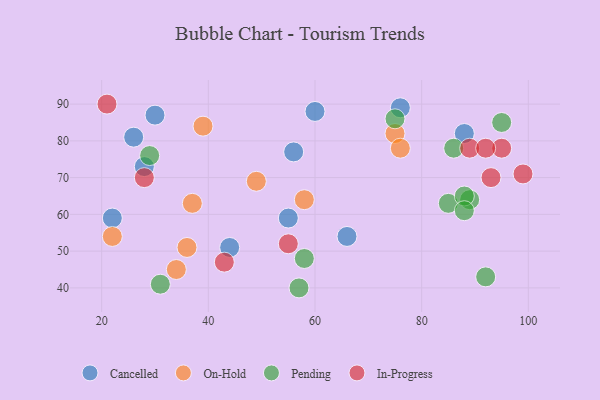
{"axis": {"x": "GDP", "y": "Life Expectancy"}, "legend": ["Cancelled", "In-Progress", "On-Hold", "Pending"], "data": [{"x": "30", "y": 87, "type": "Cancelled"}, {"x": "88", "y": 82, "type": "Cancelled"}, {"x": "60", "y": 88, "type": "Cancelled"}, {"x": "56", "y": 77, "type": "Cancelled"}, {"x": "26", "y": 81, "type": "Cancelled"}, {"x": "66", "y": 54, "type": "Cancelled"}, {"x": "55", "y": 59, "type": "Cancelled"}, {"x": "44", "y": 51, "type": "Cancelled"}, {"x": "22", "y": 59, "type": "Cancelled"}, {"x": "76", "y": 89, "type": "Cancelled"}, {"x": "28", "y": 73, "type": "Cancelled"}, {"x": "75", "y": 82, "type": "On-Hold"}, {"x": "49", "y": 69, "type": "On-Hold"}, {"x": "34", "y": 45, "type": "On-Hold"}, {"x": "36", "y": 51, "type": "On-Hold"}, {"x": "39", "y": 84, "type": "On-Hold"}, {"x": "22", "y": 54, "type": "On-Hold"}, {"x": "58", "y": 64, "type": "On-Hold"}, {"x": "37", "y": 63, "type": "On-Hold"}, {"x": "76", "y": 78, "type": "On-Hold"}, {"x": "89", "y": 64, "type": "Pending"}, {"x": "57", "y": 40, "type": "Pending"}, {"x": "29", "y": 76, "type": "Pending"}, {"x": "85", "y": 63, "type": "Pending"}, {"x": "95", "y": 85, "type": "Pending"}, {"x": "58", "y": 48, "type": "Pending"}, {"x": "31", "y": 41, "type": "Pending"}, {"x": "75", "y": 86, "type": "Pending"}, {"x": "92", "y": 43, "type": "Pending"}, {"x": "88", "y": 65, "type": "Pending"}, {"x": "86", "y": 78, "type": "Pending"}, {"x": "88", "y": 61, "type": "Pending"}, {"x": "99", "y": 71, "type": "In-Progress"}, {"x": "89", "y": 78, "type": "In-Progress"}, {"x": "95", "y": 78, "type": "In-Progress"}, {"x": "43", "y": 47, "type": "In-Progress"}, {"x": "55", "y": 52, "type": "In-Progress"}, {"x": "92", "y": 78, "type": "In-Progress"}, {"x": "28", "y": 70, "type": "In-Progress"}, {"x": "21", "y": 90, "type": "In-Progress"}, {"x": "93", "y": 70, "type": "In-Progress"}]}